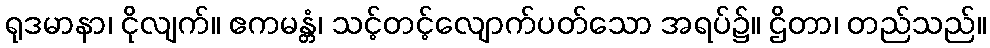
ရုဒမာနာ၊ ငိုလျက်။ ဧကမန္တံ၊ သင့်တင့်လျောက်ပတ်သော အရပ်၌။ ဌိတာ၊ တည်သည်။